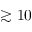
\gtrsim 1 0